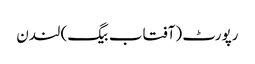
رپورٹ (آفتاب بیگ) لندن